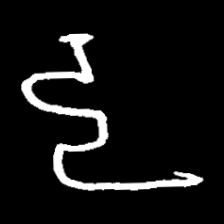
Pyu character \u2014 Myanmar letter: ဠ (romanized: lla)